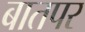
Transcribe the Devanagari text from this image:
बातपर